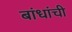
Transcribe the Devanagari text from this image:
बांधांची